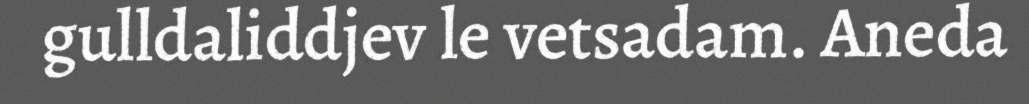
gulldaliddjev le vetsadam. Aneda